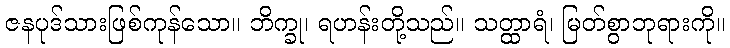
ဇနပုဒ်သားဖြစ်ကုန်သော။ ဘိက္ခု၊ ရဟန်းတို့သည်။ သတ္ထာရံ၊ မြတ်စွာဘုရားကို။